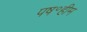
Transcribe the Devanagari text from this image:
पष॰हीम